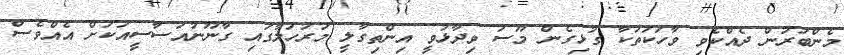
މެންބަރުން ދެއްކެވި ވާހަކަތަކާ ގުޅިގެން މޫސަ ވިދާޅުވީ އިންތިގާލީ މަރުހަލާގައި ގާނޫނުއަސާސީއަކަށް އެއްވެސް